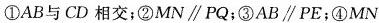
①AB与CD相交；②MN\parallel PQ；③AB\parallel PE；④MN